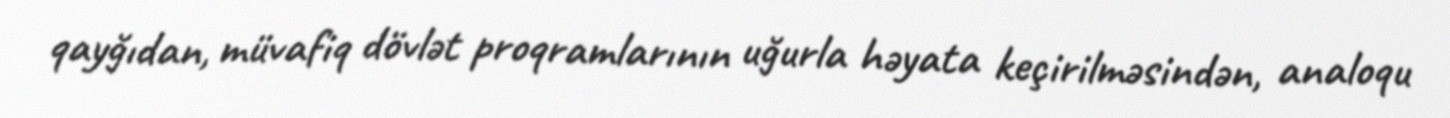
qayğıdan, müvafiq dövlət proqramlarının uğurla həyata keçirilməsindən, analoqu